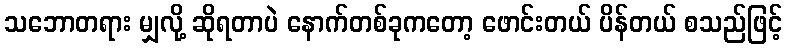
သဘောတရား မျှလို့ ဆိုရတာပဲ နောက်တစ်ခုကတော့ ဖောင်းတယ် ပိန်တယ် စသည်ဖြင့်